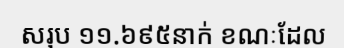
សរុប ១១.៦៩៥នាក់ ខណៈដែល